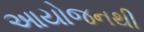
આયોજનથી